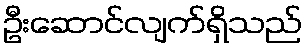
ဦးဆောင်လျက်ရှိသည်